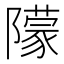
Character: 𨼿